Vaccination in Burma 1889-1999 - 1889-1999
Year: 1889
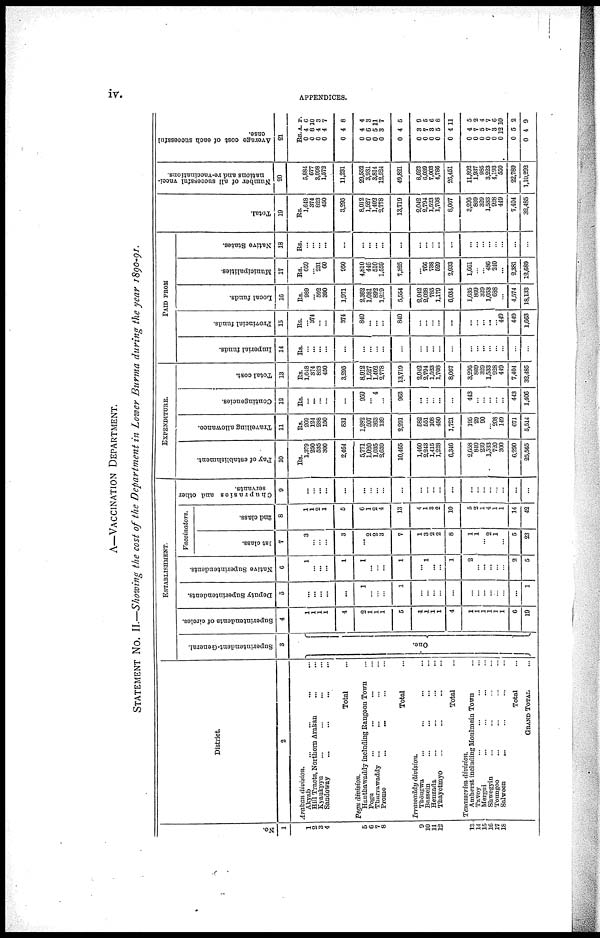
iv.
APPENDICES.
A—VACCINATION DEPARTMENT.
STATEMENT No. II.—Showing the cost of the Department in Lower Burma during the year 1890-91.
No.
1
1
2
3
4
5
6
7
8
9
10
11
13
13
14
15
16
17
18
District
2
Ardkan division.
Akyab ... ... ...
Hill Tracts, Northern Arakan ... ...
Kyaukpyu ... ... ...
Sandoway ... ... ...
Total ...
Pegu division.
Hanthawaddy including Rangoon Town ... ... ...
Pegu
...
...
...
...
Tharrawaddy ... ... ... ...
Promo
... ... ... ...
Total ...
Irrawaddy division.
Thôugwa ... ... ...
Bassein ... ... ...
Henzada ... ... ...
Thayetmyo ... ... ...
Total ...
Tenasscrim division.
Amherst including Moulmein Town ...
Tavoy ... ... ... ...
Mergui ... ... ...
Shwegyin ... ... ...
Toungoo ... ... ...
Salween
... ... ...
Total ...
GRAND TOTAL ...
ESTABLISHMENT.
Superintendent-General.
3
One.
Superintendents of circles.
4
...
1
1
1
1
4
2
1
1
1
5
1
1
1
1
4
1
1
1
1
1
1
6
19
Deputy Superintendents.
5
...
...
...
...
...
...
1
...
...
...
1
...
...
...
...
...
...
...
...
...
...
...
...
1
Native Superintendents.
6
...
1
...
...
...
1
1
...
...
...
1
... 1
...
...
1
2
...
...
...
...
...
2
5
Vaccinators.
1st class.
7
...
3
...
...
...
3
... 2
2
3
7
1
3
2
2
8
1
1
...
2
1
...
5
23
2nd class.
8
...
1
1
2
1
5
6
1
2
4
13
4
1
3
2
10
5
2
1
4
1
1
14
42
Chuprasies and other
servants.
9
...
...
...
...
...
...
...
...
...
...
...
...
...
...
...
...
...
...
...
...
...
...
...
...
EXPENDITURE.
Pay of establishment.
10
Rs.
1,379
250
535
300
2,464
5,771
1,020
1,035
2,639
10,465
1,460
2,243
1,415
1,228
6,346
2,658
840
239
1,533
720
300
6,290
25,565
Travelling allowance.
11
Rs.
269
124
288
150
831
1,282
507
363
139
2,291
582
551
108
480
1,721
195
29
90
...
208
149
671
5,514
Contingencies.
12
Rs.
...
...
...
...
...
959
... 4
...
963
...
...
... ...
...
443
...
...
...
...
...
443
1,406
Total cost.
13
Rs.
1,648
374
823
450
3,295
8,012
1,527
1,402
2,778
13,719
2,042
2,794
1,523
1,708
8,067
3,296
809
329
1,533
928
449
7,404
32,485
PAID FROM
Imperial funds.
14
Rs.
...
...
...
...
...
...
...
...
...
...
...
...
...
...
...
...
...
...
...
...
...
...
...
Provincial funds.
15
Rs.
...
374
...
...
374
840
...
...
...
840
...
...
...
...
...
...
...
...
...
... 449
449
1,663
Local funds.
16
Rs.
989
... 592
390
1,971
2,362
1,081
892
1,219
5,554
2,042
2,028
785
1,179
6,034
1,635
869
329
1,058
688
...
4,574
18,133
Municipalities.
17
Rs.
659
...
231
60
950
4,810
446
510
1,559
7,325
... 766
738
529
2,033
1,661
...
...
480
240
...
2,381
12,689
Native States.
18
Rs.
...
...
...
...
...
...
...
...
...
...
...
...
...
...
...
...
...
...
...
...
...
...
...
Total.
19
Rs.
1,648
374
823
450
8,295
8,012
1,527
1,402
2,778
13,719
2,042
2,794
1,523
1,708
8,067
3,296
869
329
1,533
928
449
7,404
32,485
Number of all successful vacci-
nations and re-vaccinations.
20
5,884
677
3,098
1,572
11,231
29,552
3,931
3,814
12,524
49,821
8,623
6,039
7,003
4,786
26,451
11,892
1,937
985
3,223
4,193
559
22,789
1,10,292
Average cost of each successful
case.
21
Rs
0
0
0
0
0
0
0
0
0
0
0
0
0
0
0
0
0
0
0
0
0
0
0
A.
4
8
4
4
4
4
6
5
8
4
3
7
3
5
4
4
7
5
7
3
12
5
4
P.
6
10
3
7
8
4
3
11
7
5
9
5
6
8
11
5
2
4
7
6
10
2
9